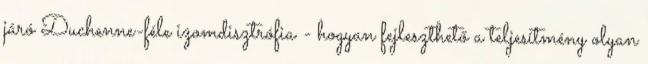
járó Duchenne-féle izomdisztrófia - hogyan fejleszthető a teljesítmény olyan